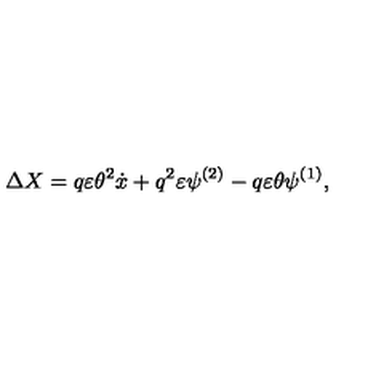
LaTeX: \Delta X = q \varepsilon \theta ^ { 2 } \dot { x } + q ^ { 2 } \varepsilon \psi ^ { ( 2 ) } - q \varepsilon \theta \psi ^ { ( 1 ) } ,